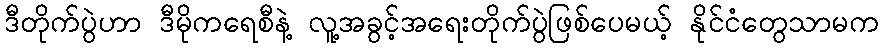
ဒီတိုက်ပွဲဟာ ဒီမိုကရေစီနဲ့ လူ့အခွင့်အရေးတိုက်ပွဲဖြစ်ပေမယ့် နိုင်ငံတွေသာမက